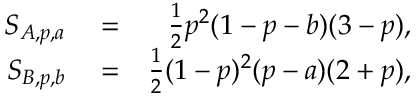
\begin{array} { r l r } { S _ { A , p , a } } & { { } = } & { \frac { 1 } { 2 } p ^ { 2 } ( 1 - p - b ) ( 3 - p ) , } \\ { S _ { B , p , b } } & { { } = } & { \frac { 1 } { 2 } ( 1 - p ) ^ { 2 } ( p - a ) ( 2 + p ) , } \end{array}